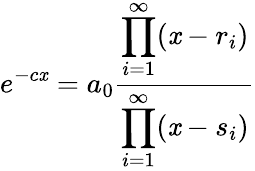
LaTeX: e^{-c\mathit{x}}=a_{0}{\frac{{\displaystyle\prod_{i=1}^{\infty}(\mathit{x}-r_{i})}}{{\displaystyle\prod_{i=1}^{\infty}(\mathit{x}-s_{i})}}}